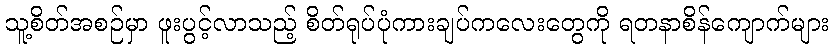
သူ့စိတ်အစဉ်မှာ ဖူးပွင့်လာသည့် စိတ်ရုပ်ပုံကားချပ်ကလေးတွေကို ရတနာစိန်ကျောက်များ